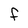
Character: f